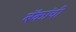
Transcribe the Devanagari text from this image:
बॅकांची